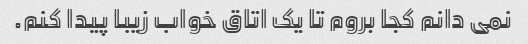
نمی دانم کجا بروم تا یک اتاق خواب زیبا پیدا کنم.